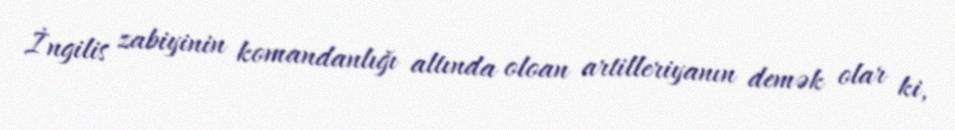
İngilis zabiyinin komandanlığı altında oloan artilleriyanın demək olar ki,